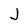
Character: J